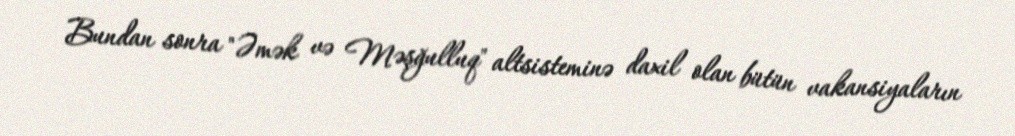
Bundan sonra "Əmək və Məşğulluq" altsisteminə daxil olan bütün vakansiyaların